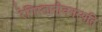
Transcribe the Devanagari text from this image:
रेगिस्तानीवनस्‍पति